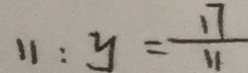
1 1 : y = \frac { 1 7 } { 1 1 }